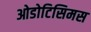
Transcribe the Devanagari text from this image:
ओडोटिसिमस